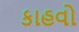
કાહવો